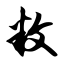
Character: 敉